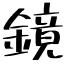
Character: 鏡